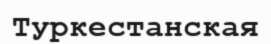
Туркестанская